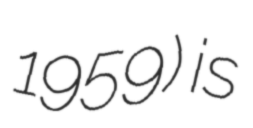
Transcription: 1959) is